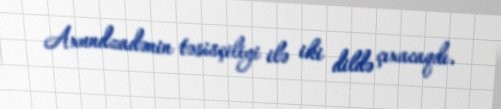
Axundzadənin təsisçiliyi ilə iki dildə çıxacaqdı.